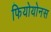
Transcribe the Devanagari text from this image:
फियोयोनस